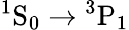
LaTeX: ^1\mathrm{S}_{0}\to{}^{3}\mathrm{P}_{1}